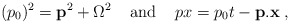
\begin{align*}(p_{0})^{2}={\bf p}^2+\Omega^{2}\;\;\;\; {\rm and}\;\;\;\;px=p_{0}t-{\bf p}.{\bf x} \; ,\end{align*}